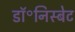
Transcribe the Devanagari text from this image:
डॉ॰निस्बेट